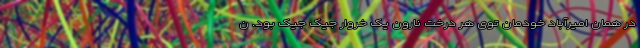
در همان امیرآباد خودمان توی هر درخت نارون یک خروار جیک جیک بود. ن